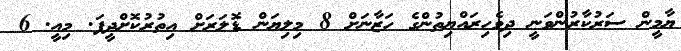
ޔާމީން ސަރުކާރުންވަނީ ދިވެހިރައްޔިތުންގެ ހަޒާނަށް 8 މިލިޔަން ޑޮލަރަށް އިތުރުކޮށްދީފަ. މިއީ. 6